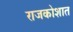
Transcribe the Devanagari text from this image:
राजकोशात